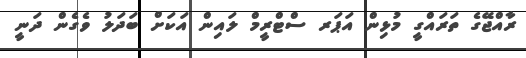
ރާއްޖޭގެ ތަރައްގީ މުޅިން އަޕަރ ސްޓްރީމް ލައިން އަކަށް ބަދަލު ވެގެން ދަނީ